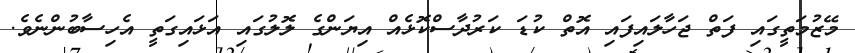
މޭޒުމަތީގައި ފަތް ޖަހާލައިފައި އޮތް ކުޑަ ކަރުދާސްކޮޅެއް އިޔަންގެ ލޮލުގައި އަޅައިގަތީ އެހިސާބުންނެވެ.